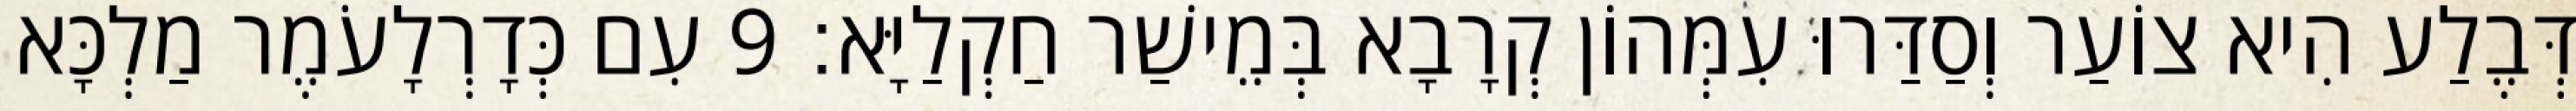
דְּבֶלַע הִיא צוֹעַר וְסַדַּרוּ עִמְּהוֹן קְרָבָא בְּמֵישַׁר חַקְלַיָּא׃ 9 עִם כְּדָרְלָעֹמֶר מַלְכָּא